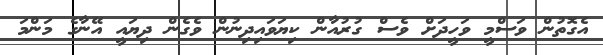
އެގޮތުން ވަސްމީ ވަހީދަށް ވެސް ގުރުއާން ކިޔަވައިދިނުން ވެގެން ދިޔައީ އޭނާގެ މަންމަ